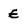
Character: E